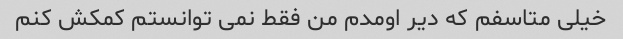
خیلی متاسفم که دیر اومدم من فقط نمی توانستم کمکش کنم